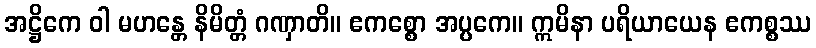
အဋ္ဌိကေ ဝါ မဟန္တေ နိမိတ္တံ ဂဏှာတိ။ ဧကစ္စော အပ္ပကေ။ ဣမိနာ ပရိယာယေန ဧကစ္စဿ